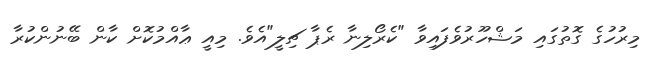
މިރުހުގެ ގޮތުގައި މަޝްހޫރުވެފައިވާ "ކެރޯލިނާ ރެޕާ ޗިލީ"އެވެ. މިއީ ޢާއްމުކޮށް ކާން ބޭނުންކުރާ